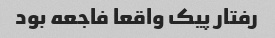
رفتار پیک واقعا فاجعه بود